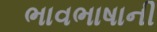
ભાવભાષાની